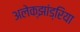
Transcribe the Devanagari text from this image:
अलेक्‍झांड्रिया